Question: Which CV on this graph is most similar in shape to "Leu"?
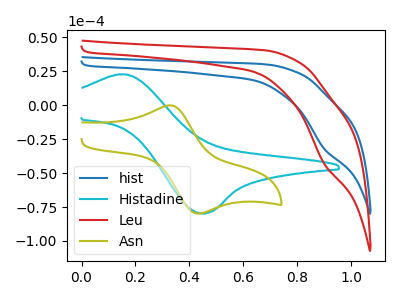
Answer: <think>The blue curve "hist" has a cathodic peak at: (0.90V, -32.20uA). The cyan curve "Histadine" has an anodic peak at (0.15V, 22.60uA) and a cathodic peak at (0.45V, -79.85uA). The red curve "Leu" has a cathodic peak at: (0.90V, -43.20uA). The olive curve "Asn" has an anodic peak at (0.30V, -0.15uA) and a cathodic peak at (0.45V, -79.90uA).
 "hist" and "Histadine" have a different number of peaks. All the peaks in "hist" have a peak in "Leu" at the same potential. Every peak in "hist" is lower than every peak in "Leu". "hist" and "Asn" have a different number of peaks. "Histadine" and "Leu" have a different number of peaks. "Histadine" and "Asn" have at least one peak that do not match. "Leu" and "Asn" have a different number of peaks.</think>
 <answer>The CV with the most similar shape to "hist" is "Leu".</answer>
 <eval>"Leu"</eval>